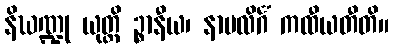
နိဃဏ္ဍု ယုတ္တိ ဉ္စာနီယ၊ နာမလိင်္ဂံ ကထီယတီတိ။